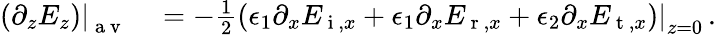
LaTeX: \begin{array}{rl}{\left.\left(\partial_{z}E_{z}\right)\right|_{\mathrm{~a~v~}}}&{{}=-\frac{1}{2}\left.\left(\epsilon_{1}\partial_{x}E_{\mathrm{~i~},x}+\epsilon_{1}\partial_{x}E_{\mathrm{~r~},x}+\epsilon_{2}\partial_{x}E_{\mathrm{~t~},x}\right)\right|_{z=0}\, .}\end{array}